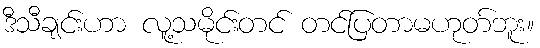
ဒီသီချင်းဟာ လူ့သမိုင်းတင် တင်ပြတာမဟုတ်ဘူး။